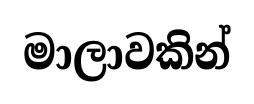
මාලාවකින්